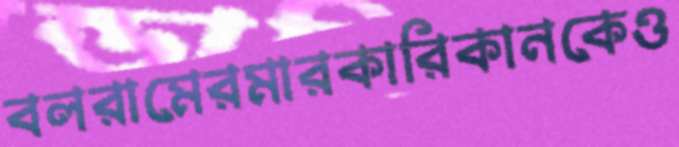
বলরামেরমারকারিকানকেও